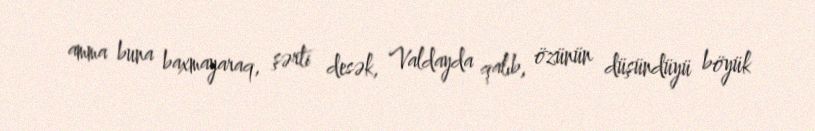
amma buna baxmayaraq, şərti desək, Valdayda qalıb, özünün düşündüyü böyük